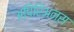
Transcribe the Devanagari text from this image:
अपिरिअन्स